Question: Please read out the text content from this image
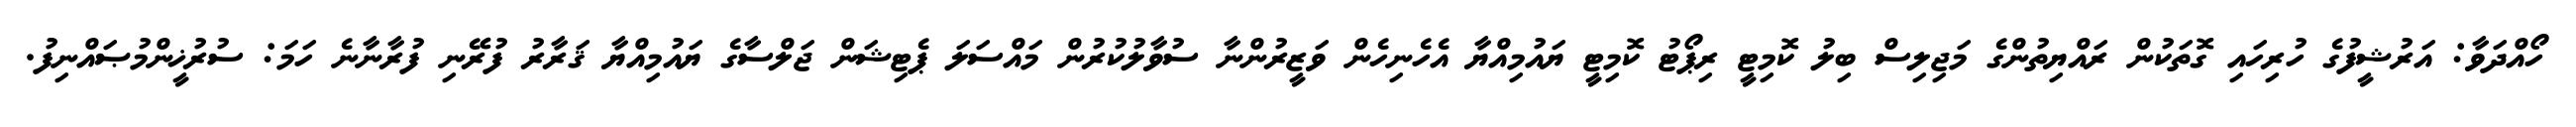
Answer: ހޯއްދަވާ: އަރުޝީފުގެ ހުރިހައި ގޮތަކުން ރައްޔިތުންގެ މަޖިލިސް ބިލު ކޮމިޓީ ރިޕޯޓު ކޮމިޓީ ޔައުމިއްޔާ އެހެނިހެން ވަޒީރުންނާ ސުވާލުކުރުން މައްސަލަ ޕެޓިޝަން ޖަލްސާގެ ޔައުމިއްޔާ ޤަރާރު ފުރޭނި ފުރާނާނެ ހަމަ: ސުރުޚީންމުޞައްނިފު.